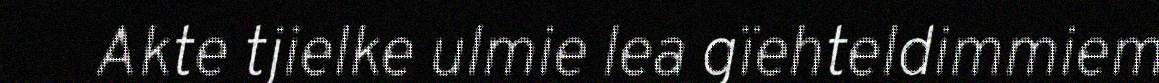
Akte tjielke ulmie lea gïehteldimmiem